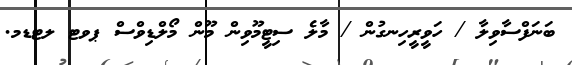
ބަނަފްސާވިލާ / ހަވީރީހިނގުން / މާލެ ސިޓީމޫވިން މޫން މޯލްޑިވްސް ޕވޓ ލޓޑމ.